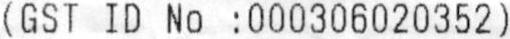
(GST ID NO : 000306020352)